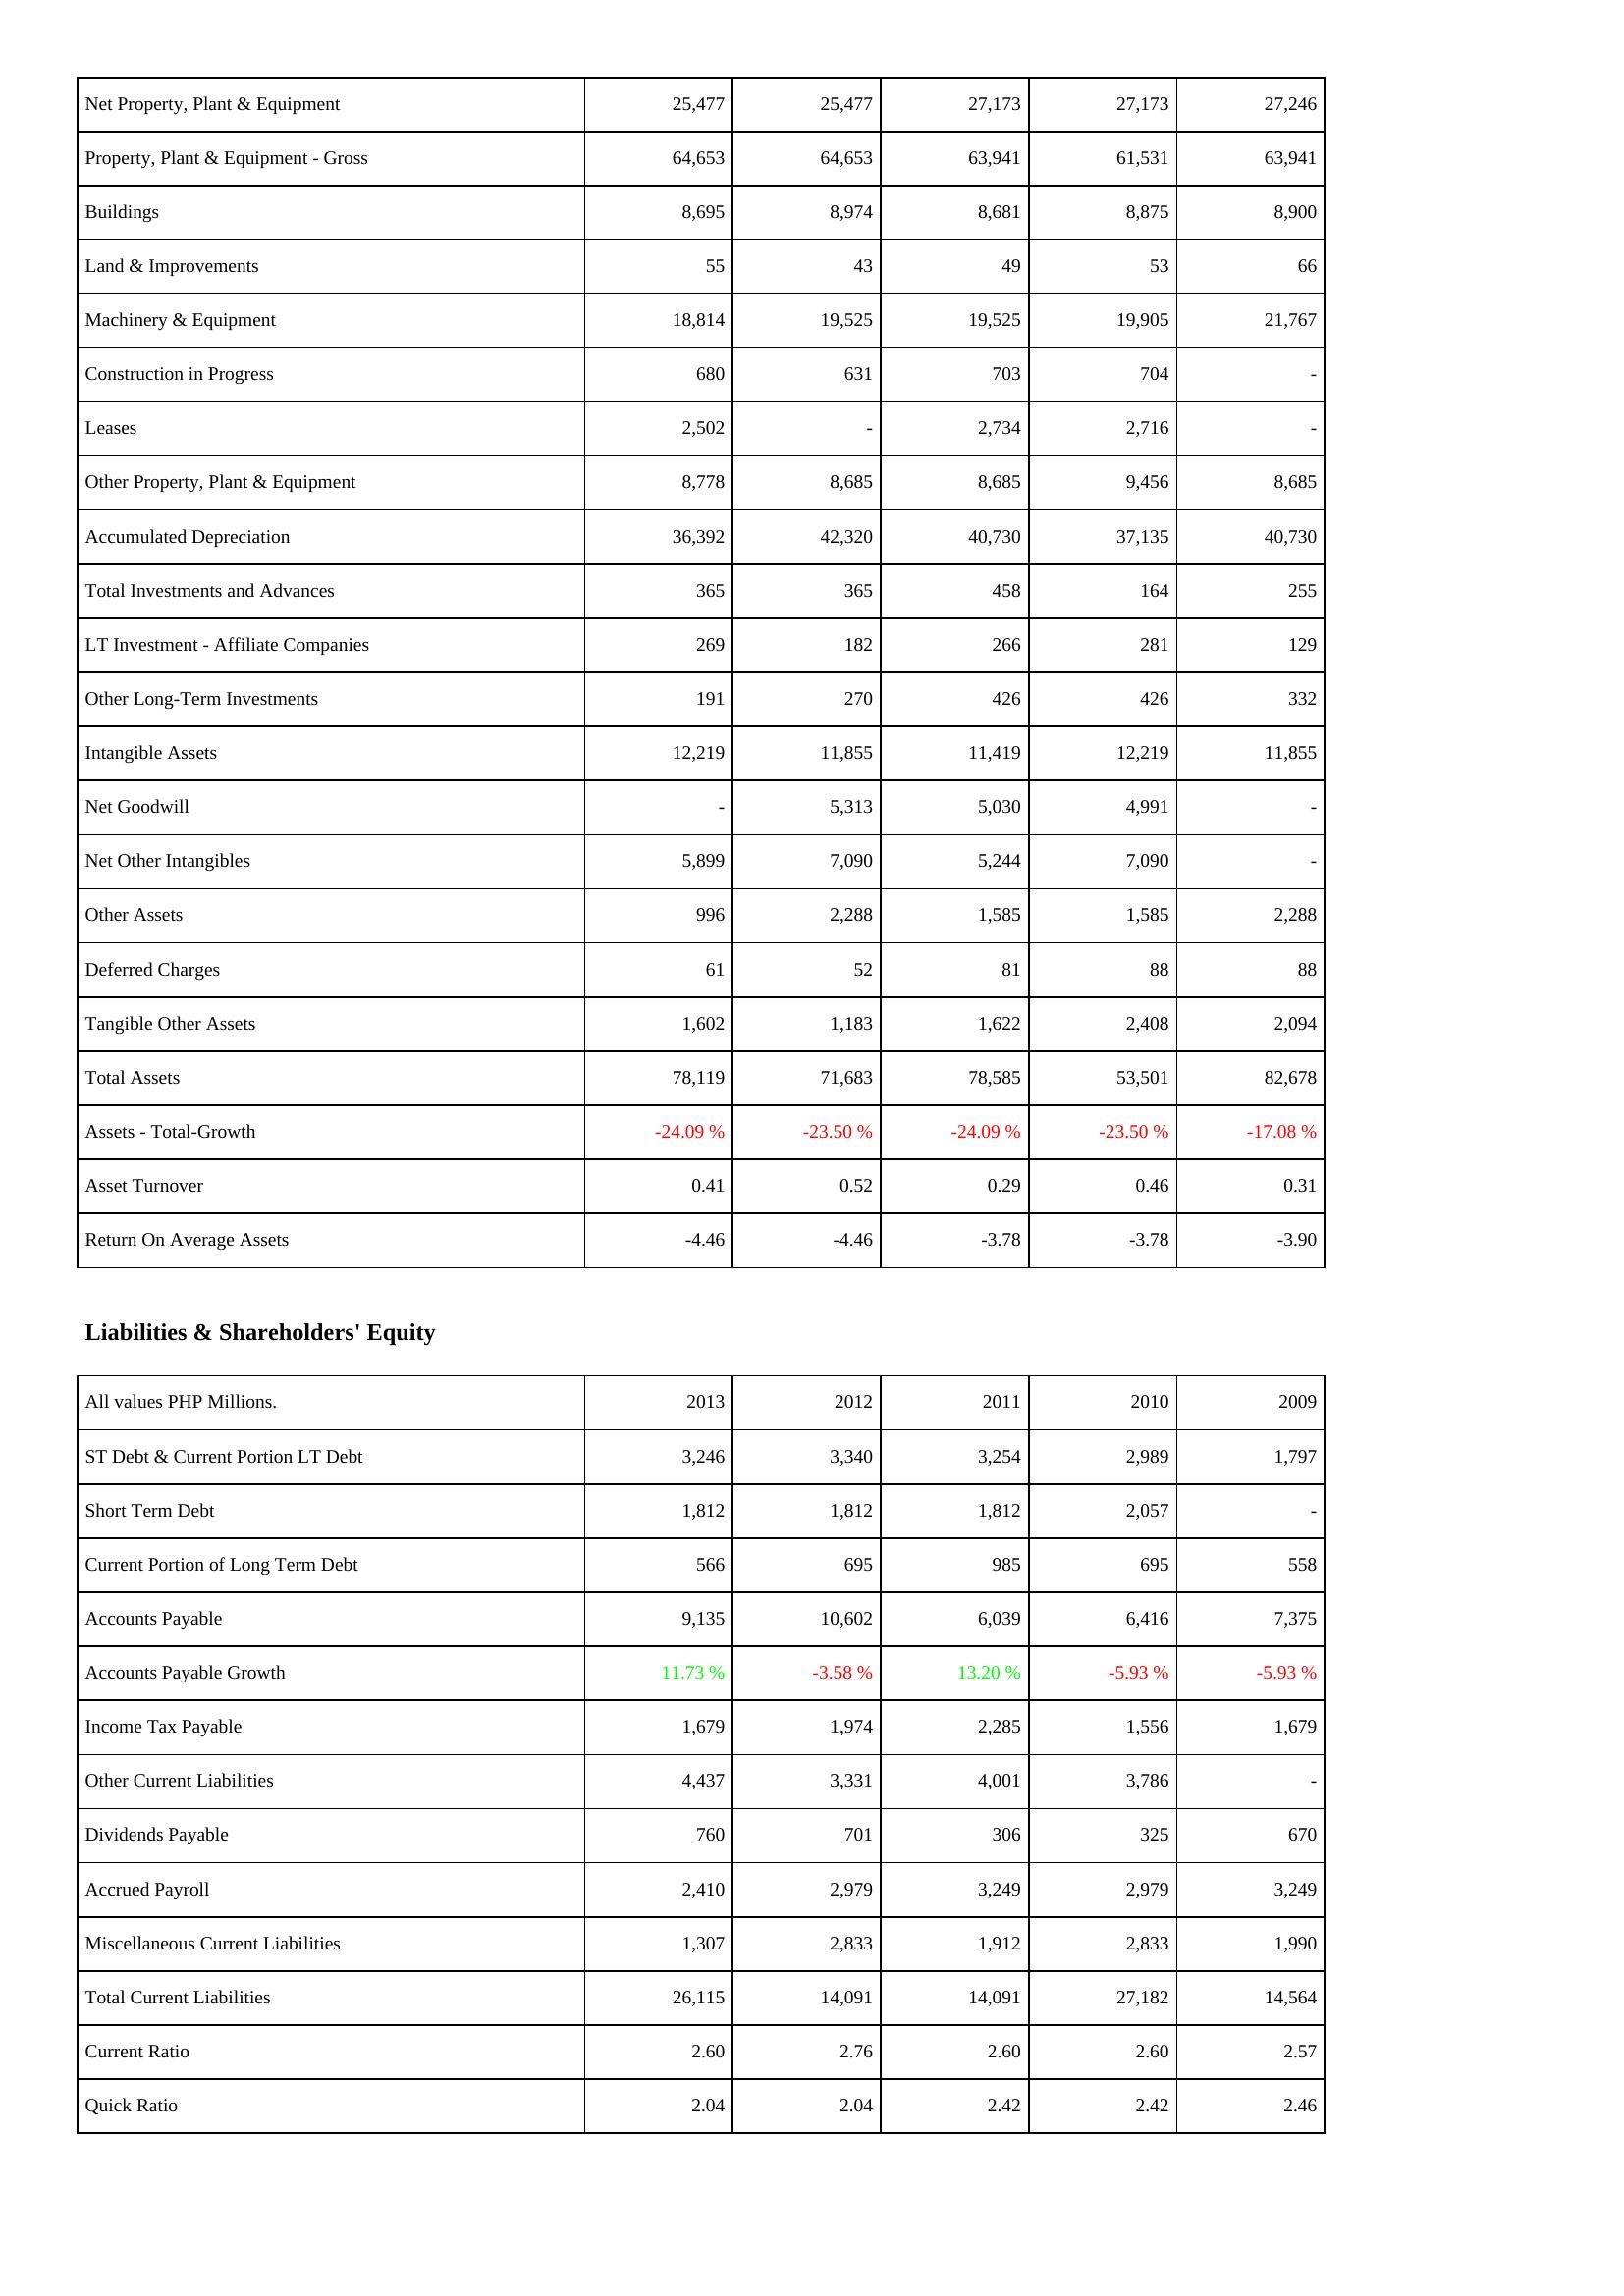
2013: Assets: Net Property, Plant & Equipment: 25,477
Property, Plant & Equipment - Gross: 64,653
Buildings: 8,695
Land & Improvements: 55
Machinery & Equipment: 18,814
Construction in Progress: 680
Leases: 2,502
Other Property, Plant & Equipment: 8,778
Accumulated Depreciation: 36,392
Total Investments and Advances: 365
LT Investment - Affiliate Companies: 269
Other Long-Term Investments: 191
Intangible Assets: 12,219
Net Goodwill: -
Net Other Intangibles: 5,899
Other Assets: 996
Deferred Charges: 61
Tangible Other Assets: 1,602
Total Assets: 78,119
Assets - Total-Growth: -24.09 %
Asset Turnover: 0.41
Return On Average Assets: -4.46
Liabilities & Shareholders' Equity: ST Debt & Current Portion LT Debt: 3,246
Short Term Debt: 1,812
Current Portion of Long Term Debt: 566
Accounts Payable: 9,135
Accounts Payable Growth: 11.73 %
Income Tax Payable: 1,679
Other Current Liabilities: 4,437
Dividends Payable: 760
Accrued Payroll: 2,410
Miscellaneous Current Liabilities: 1,307
Total Current Liabilities: 26,115
Current Ratio: 2.60
Quick Ratio: 2.04
2012: Assets: Net Property, Plant & Equipment: 25,477
Property, Plant & Equipment - Gross: 64,653
Buildings: 8,974
Land & Improvements: 43
Machinery & Equipment: 19,525
Construction in Progress: 631
Leases: -
Other Property, Plant & Equipment: 8,685
Accumulated Depreciation: 42,320
Total Investments and Advances: 365
LT Investment - Affiliate Companies: 182
Other Long-Term Investments: 270
Intangible Assets: 11,855
Net Goodwill: 5,313
Net Other Intangibles: 7,090
Other Assets: 2,288
Deferred Charges: 52
Tangible Other Assets: 1,183
Total Assets: 71,683
Assets - Total-Growth: -23.50 %
Asset Turnover: 0.52
Return On Average Assets: -4.46
Liabilities & Shareholders' Equity: ST Debt & Current Portion LT Debt: 3,340
Short Term Debt: 1,812
Current Portion of Long Term Debt: 695
Accounts Payable: 10,602
Accounts Payable Growth: -3.58 %
Income Tax Payable: 1,974
Other Current Liabilities: 3,331
Dividends Payable: 701
Accrued Payroll: 2,979
Miscellaneous Current Liabilities: 2,833
Total Current Liabilities: 14,091
Current Ratio: 2.76
Quick Ratio: 2.04
2011: Assets: Net Property, Plant & Equipment: 27,173
Property, Plant & Equipment - Gross: 63,941
Buildings: 8,681
Land & Improvements: 49
Machinery & Equipment: 19,525
Construction in Progress: 703
Leases: 2,734
Other Property, Plant & Equipment: 8,685
Accumulated Depreciation: 40,730
Total Investments and Advances: 458
LT Investment - Affiliate Companies: 266
Other Long-Term Investments: 426
Intangible Assets: 11,419
Net Goodwill: 5,030
Net Other Intangibles: 5,244
Other Assets: 1,585
Deferred Charges: 81
Tangible Other Assets: 1,622
Total Assets: 78,585
Assets - Total-Growth: -24.09 %
Asset Turnover: 0.29
Return On Average Assets: -3.78
Liabilities & Shareholders' Equity: ST Debt & Current Portion LT Debt: 3,254
Short Term Debt: 1,812
Current Portion of Long Term Debt: 985
Accounts Payable: 6,039
Accounts Payable Growth: 13.20 %
Income Tax Payable: 2,285
Other Current Liabilities: 4,001
Dividends Payable: 306
Accrued Payroll: 3,249
Miscellaneous Current Liabilities: 1,912
Total Current Liabilities: 14,091
Current Ratio: 2.60
Quick Ratio: 2.42
2010: Assets: Net Property, Plant & Equipment: 27,173
Property, Plant & Equipment - Gross: 61,531
Buildings: 8,875
Land & Improvements: 53
Machinery & Equipment: 19,905
Construction in Progress: 704
Leases: 2,716
Other Property, Plant & Equipment: 9,456
Accumulated Depreciation: 37,135
Total Investments and Advances: 164
LT Investment - Affiliate Companies: 281
Other Long-Term Investments: 426
Intangible Assets: 12,219
Net Goodwill: 4,991
Net Other Intangibles: 7,090
Other Assets: 1,585
Deferred Charges: 88
Tangible Other Assets: 2,408
Total Assets: 53,501
Assets - Total-Growth: -23.50 %
Asset Turnover: 0.46
Return On Average Assets: -3.78
Liabilities & Shareholders' Equity: ST Debt & Current Portion LT Debt: 2,989
Short Term Debt: 2,057
Current Portion of Long Term Debt: 695
Accounts Payable: 6,416
Accounts Payable Growth: -5.93 %
Income Tax Payable: 1,556
Other Current Liabilities: 3,786
Dividends Payable: 325
Accrued Payroll: 2,979
Miscellaneous Current Liabilities: 2,833
Total Current Liabilities: 27,182
Current Ratio: 2.60
Quick Ratio: 2.42
2009: Assets: Net Property, Plant & Equipment: 27,246
Property, Plant & Equipment - Gross: 63,941
Buildings: 8,900
Land & Improvements: 66
Machinery & Equipment: 21,767
Construction in Progress: -
Leases: -
Other Property, Plant & Equipment: 8,685
Accumulated Depreciation: 40,730
Total Investments and Advances: 255
LT Investment - Affiliate Companies: 129
Other Long-Term Investments: 332
Intangible Assets: 11,855
Net Goodwill: -
Net Other Intangibles: -
Other Assets: 2,288
Deferred Charges: 88
Tangible Other Assets: 2,094
Total Assets: 82,678
Assets - Total-Growth: -17.08 %
Asset Turnover: 0.31
Return On Average Assets: -3.90
Liabilities & Shareholders' Equity: ST Debt & Current Portion LT Debt: 1,797
Short Term Debt: -
Current Portion of Long Term Debt: 558
Accounts Payable: 7,375
Accounts Payable Growth: -5.93 %
Income Tax Payable: 1,679
Other Current Liabilities: -
Dividends Payable: 670
Accrued Payroll: 3,249
Miscellaneous Current Liabilities: 1,990
Total Current Liabilities: 14,564
Current Ratio: 2.57
Quick Ratio: 2.46